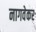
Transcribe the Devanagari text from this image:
नागवेकर